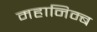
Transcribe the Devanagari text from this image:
महानिम्ब